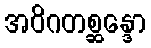
အဝိဂတစ္ဆန္ဒော